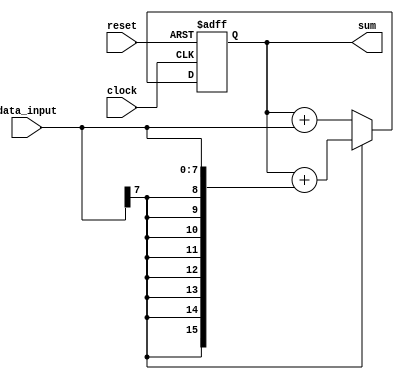
module accumulator (
    input [7:0] data_input,
    input clock,
    input reset,
    output reg [15:0] sum
);

always @(posedge clock or posedge reset) begin
    if (reset) begin
        sum <= 16'd0;
    end else begin
        if (data_input[7] == 1) begin // signed input
            sum <= sum + {{8{data_input[7]}}, data_input};
        end else begin // unsigned input
            sum <= sum + data_input;
        end
    end
end

endmodule